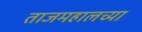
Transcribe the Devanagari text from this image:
ताजमहालच्या